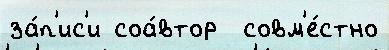
за́п'ис'и соа́втор  совм'е́стно